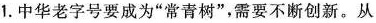
1.中华老字号要成为”常青树”，需要不断创新。从